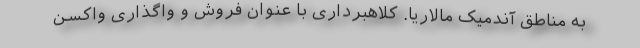
به مناطق آندمیک مالاریا. کلاهبرداری با عنوان فروش و واگذاری واکسن